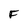
Character: F